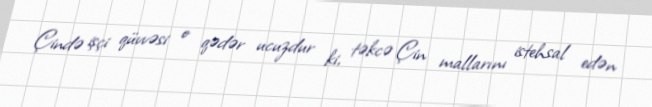
Çində işçi qüvvəsi o qədər ucuzdur ki, təkcə Çin mallarını istehsal edən